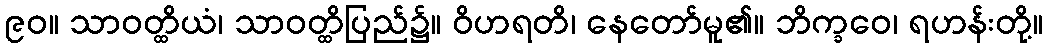
၉၀။ သာဝတ္ထိယံ၊ သာဝတ္ထိပြည်၌။ ဝိဟရတိ၊ နေတော်မူ၏။ ဘိက္ခဝေ၊ ရဟန်းတို့။